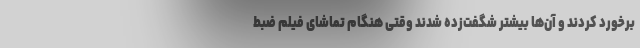
برخورد کردند و آن‌ها بیشتر شگفت‌زده شدند وقتی هنگام تماشای فیلم ضبط